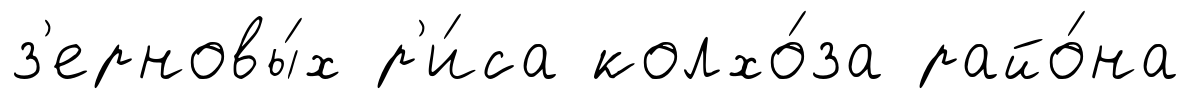
з'ерновы́х р'и́са колхо́за райо́на